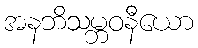
အနဘိသမ္ဘဝနီယော